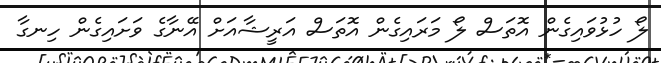
ލޯ ހުޅުވައިގެން އޮތަސް ލޯ މަރައިގެން އޮތަސް އަރީޝާއަށް އޭނާގެ ވަށައިގެން ހިނގާ